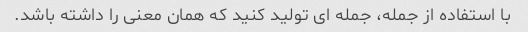
با استفاده از جمله، جمله ای تولید کنید که همان معنی را داشته باشد.